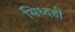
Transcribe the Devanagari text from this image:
सिध्दही